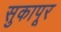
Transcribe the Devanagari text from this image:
सुकापूर